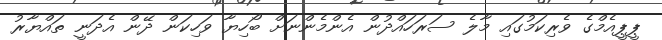
ޕީޕީއެމްގެ ވެރިކަމުގައި މާލެ ސަރަހައްދުން އެންމެންނަށް ބޯހިޔާ ވަހިކަން ދޭން އެދަނީ ތައްޔާރު